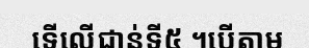
ទើលើជាន់ទី៥ ។បើតាម